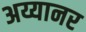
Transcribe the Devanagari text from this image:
अय्यानर